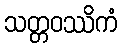
သတ္တဝဿိကံ